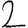
Digit: 2